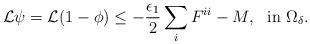
LaTeX: \begin{align*} \mathcal {L}\psi=\mathcal {L}(1-\phi)\leq -\frac{\epsilon_1}{2} \sum_i F^{ii} - M, \ \ {\rm in} \ \Omega_\delta. \end{align*}